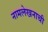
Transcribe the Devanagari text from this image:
नामलेखनाची